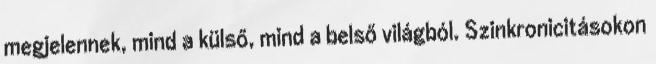
megjelennek, mind a külső, mind a belső világból. Szinkronicitásokon